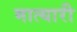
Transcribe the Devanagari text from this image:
मात्यारी